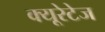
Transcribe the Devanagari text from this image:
क्यूरेटेज